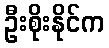
ဦးစိုးနိုင်က